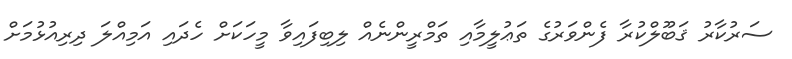
ސަރުކާރު ޤަބޫލްކުރާ ފެންވަރުގެ ތަޢުލީމާއި ތަމްރީންނެއް ލިބިފައިވާ މީހަކަށް ހެދައި އަމިއްލަ ދިރިއުޅުމަށް